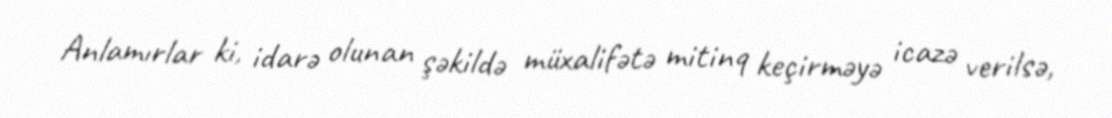
Anlamırlar ki, idarə olunan şəkildə müxalifətə mitinq keçirməyə icazə verilsə,